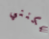
يمكنني